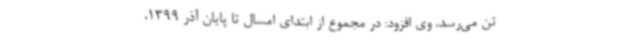
تن می‌رسد. وی افزود: در مجموع از ابتدای امسال تا پایان آذر 1399،